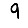
Digit: 9